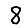
Digit: 8